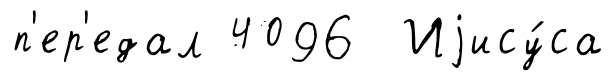
п'ер'едал 4096 Иjису́са